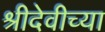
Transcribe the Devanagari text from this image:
श्रीदेवीच्या